Document type: Grant
Year: 1301
Scribe: Berenguer de Terrassa
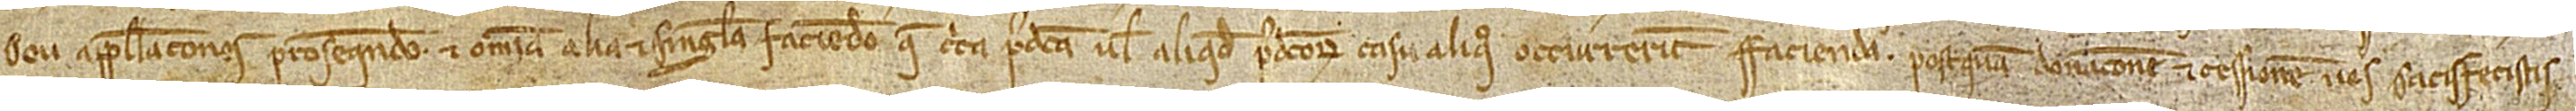
seu appellaciones prosequendo, et omnia alia et singula faciendo que circa predicta vel aliquod predictorum casu aliquo occurrerint facienda postquam donacionem et cessionem vos satisfecistis